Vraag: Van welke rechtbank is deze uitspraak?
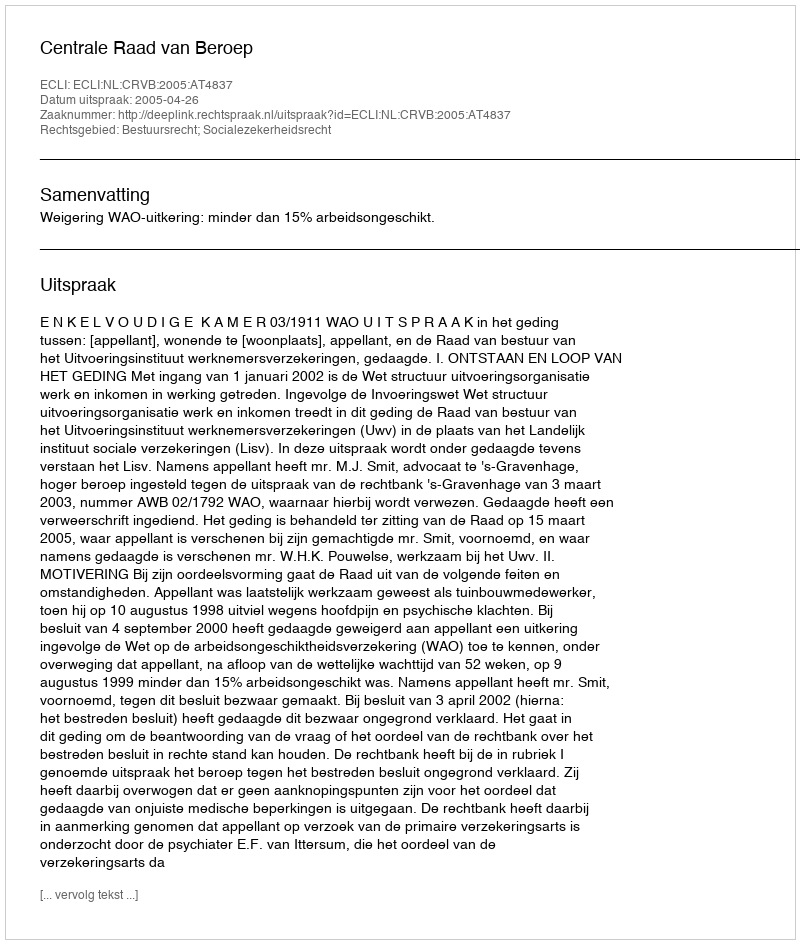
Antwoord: Centrale Raad van Beroep